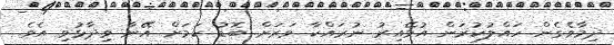
ދިމާވެގެން ހައްލުކުރަން އުޅޭއިރު ނުރައްކާ ވަރަށް ބޮޑު ކަމަށް އޭނާ ވިދާޅުވި އެވެ.